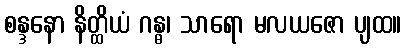
စန္ဒနော နိတ္ထိယံ ဂန္ဓ၊ သာရော မလယဇော ပျထ။